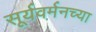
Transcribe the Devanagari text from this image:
सूर्यवर्मनच्या